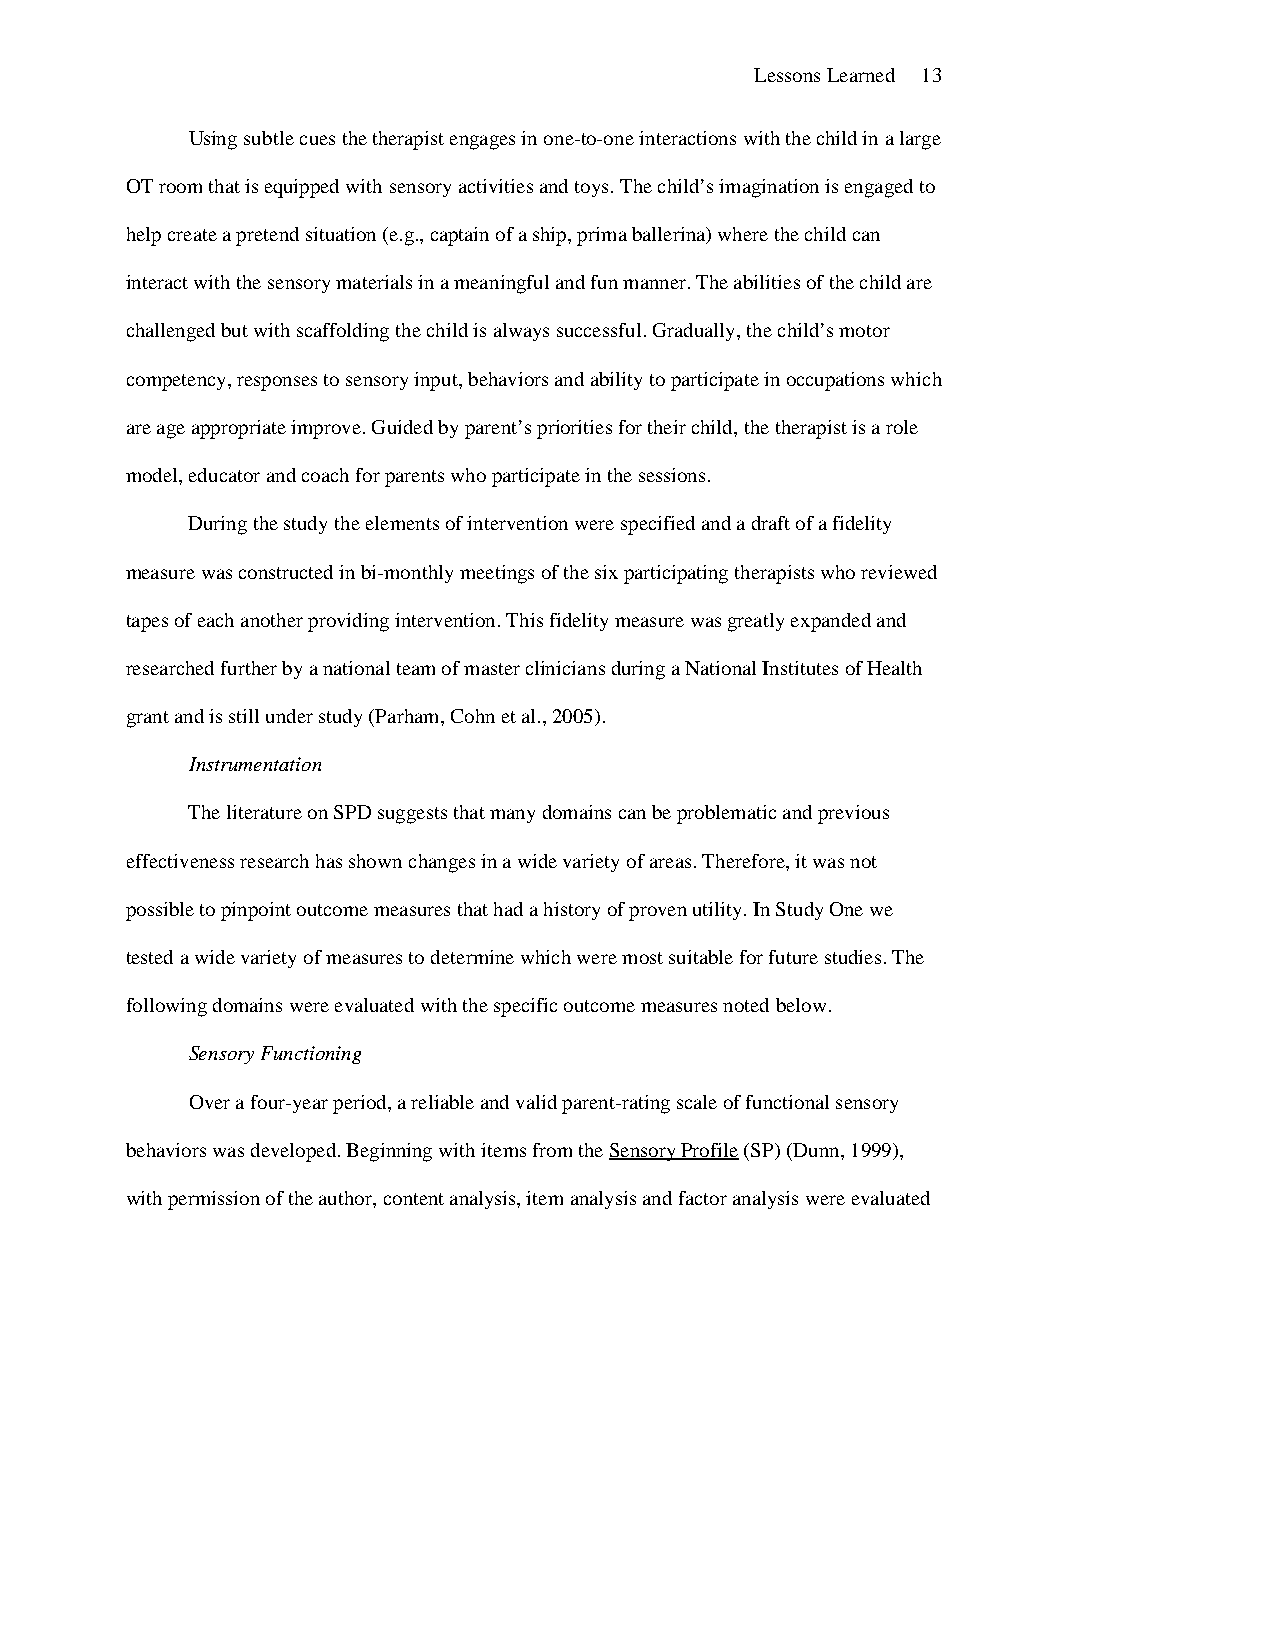
Lessons Learned 13
 Using subtle cues the therapist engages in one-to-one interactions with the child in a large
 OT room that is equipped with sensory activities and toys. The child’s imagination is engaged to
 help create a pretend situation (e.g., captain of a ship, prima ballerina) where the child can
 interact with the sensory materials in a meaningful and fun manner. The abilities of the child are
 challenged but with scaffolding the child is always successful. Gradually, the child’s motor
 competency, responses to sensory input, behaviors and ability to participate in occupations which
 are age appropriate improve. Guided by parent’s priorities for their child, the therapist is a role
 model, educator and coach for parents who participate in the sessions.
 During the study the elements of intervention were specified and a draft of a fidelity
 measure was constructed in bi-monthly meetings of the six participating therapists who reviewed
 tapes of each another providing intervention. This fidelity measure was greatly expanded and
 researched further by a national team of master clinicians during a National Institutes of Health
 grant and is still under study (Parham, Cohn et al., 2005).
 Instrumentation
 The literature on SPD suggests that many domains can be problematic and previous
 effectiveness research has shown changes in a wide variety of areas. Therefore, it was not
 possible to pinpoint outcome measures that had a history of proven utility. In Study One we
 tested a wide variety of measures to determine which were most suitable for future studies. The
 following domains were evaluated with the specific outcome measures noted below.
 Sensory Functioning
 Over a four-year period, a reliable and valid parent-rating scale of functional sensory
 behaviors was developed. Beginning with items from the Sensory Profile (SP) (Dunn, 1999),
 with permission of the author, content analysis, item analysis and factor analysis were evaluated